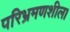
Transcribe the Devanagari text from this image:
परिभ्रमणशील।